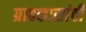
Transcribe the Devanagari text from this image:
ग्राहकासांठी